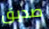
صديق